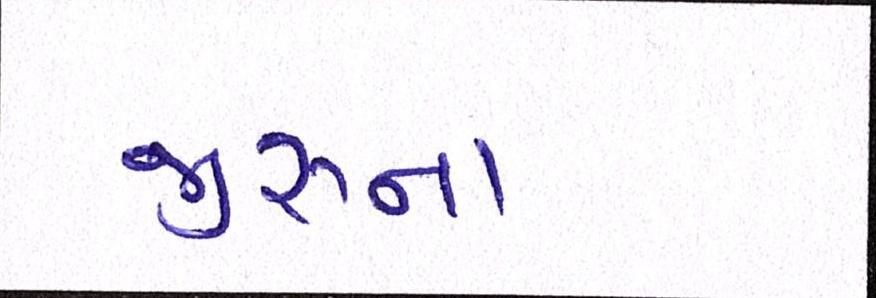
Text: જીરુના